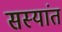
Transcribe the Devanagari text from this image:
सस्यांत